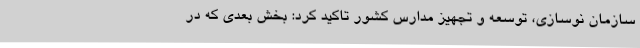
سازمان نوسازی، توسعه و تجهیز مدارس کشور تاکید کرد: بخش بعدی که در